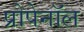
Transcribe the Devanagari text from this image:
प्रोपेनॉल